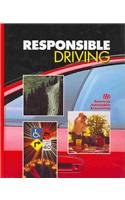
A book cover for Responsible Driving; A. A. Amer; Test Preparation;